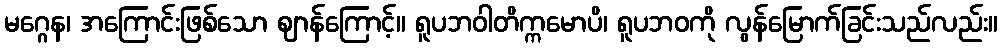
မဂ္ဂေန၊ အကြောင်းဖြစ်သော ဈာန်ကြောင့်။ ရူပဘဝါတိက္ကမောပိ၊ ရူပဘဝကို လွန်မြောက်ခြင်းသည်လည်း။